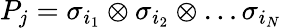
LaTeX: P_{j}=\sigma_{i_{1}}\otimes\sigma_{i_{2}}\otimes\ldots\sigma_{i_{N}}